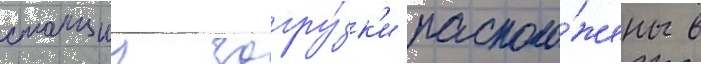
станции загру́зк'и располо́жены в